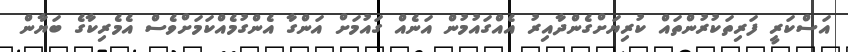
އަސްކަރީ ފަރިތަކުރުުންތައް ކުރިޔަށްގެންދާއިރު އެއްގައުމުން އަނެއް ގައުމަށް އަންގާ އެންގުމެއްކަމަށްވެސް އެމެރިކާގެ ބަޔާން